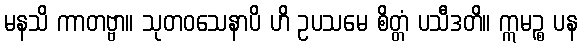
မနသိ ကာတဗ္ဗာ။ သုတဝသေနာပိ ဟိ ဥပသမေ စိတ္တံ ပသီဒတိ။ ဣမဉ္စ ပန